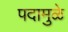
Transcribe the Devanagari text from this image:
पदामुळे